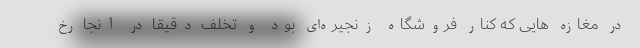
در مغازه هایی که کنار فروشگاه زنجیره‌ای بود و تخلف دقیقا در آنجا رخ